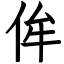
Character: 侔